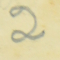
2